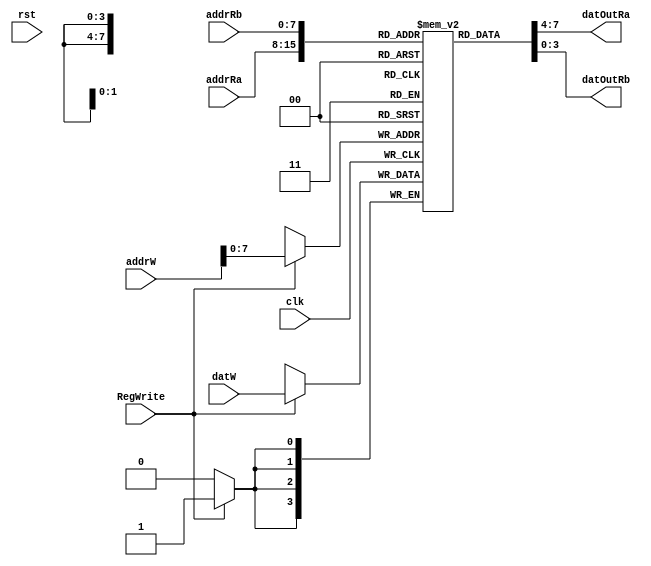
`timescale 1ns / 1ps
//////////////////////////////////////////////////////////////////////////////////
// Company: 
// Engineer: 
// 
// Design Name: 	 ferney alberto beltran
// Module Name:    BancoRegistro 
// Project Name: 
// Target Devices: 
// Tool versions: 
// Description: 
//
// Dependencies: 
//
// Revision: 
// Revision 0.01 - File Created
// Additional Comments: 
//
//////////////////////////////////////////////////////////////////////////////////
module BancoRegistro #(      		 //   #( Parametros
         parameter BIT_ADDR = 8,  //   BIT_ADDR Nmero de bit para la direccin
         parameter BIT_DATO = 4  //  BIT_DATO  Nmero de bit para el dato
	)
	(
    input [BIT_ADDR-1:0] addrRa,
    input [BIT_ADDR-1:0] addrRb,
    
	 output [BIT_DATO-1:0] datOutRa,
    output [BIT_DATO-1:0] datOutRb,
    
	 input [BIT_ADDR:0] addrW,
    input [BIT_DATO-1:0] datW,
    
	 input RegWrite,
    input clk,
    input rst
    );

// La cantdiad de registros es igual a: 
localparam NREG = 2 ** BIT_ADDR;
  
//configiracin del banco de registro 
reg [BIT_DATO-1: 0] breg [NREG-1:0];


assign  datOutRa = breg[addrRa];
assign  datOutRb = breg[addrRb];

always @(posedge clk) begin
	if (RegWrite == 1)
     breg[addrW] <= datW;
  end



endmodule